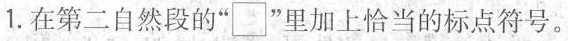
1.在第二自然段的”□”里加上恰当的标点符号。